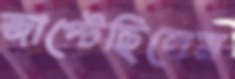
জাপ্‌টেছিলেম